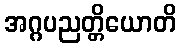
အဂ္ဂပညတ္တိယောတိ